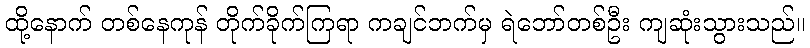
ထို့နောက် တစ်နေကုန် တိုက်ခိုက်ကြရာ ကချင်ဘက်မှ ရဲဘော်တစ်ဦး ကျဆုံးသွားသည်။